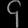
Digit: ၄